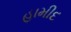
હામીદ